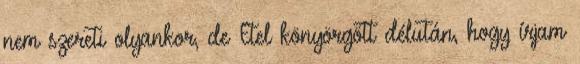
nem szereti olyankor, de Etel könyörgött délután, hogy írjam